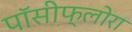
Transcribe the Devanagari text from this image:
पॉसीफ्लोरा